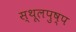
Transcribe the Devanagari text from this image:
स्थूलपुष्प